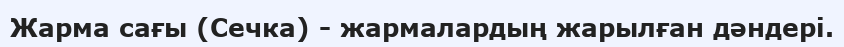
Жарма сағы (Сечка) - жармалардың жарылған дәндері.